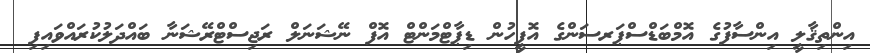
އިންތިޤާލީ އިންސާފުގެ އޮމްބަޑްސްޕަރސަންގެ އޮފީހުން ޑިޕާޓްމަންޓް އޮފް ނޭޝަނަލް ރަޖިސްޓްރޭޝަނާ ބައްދަލުކުރައްވައިފި